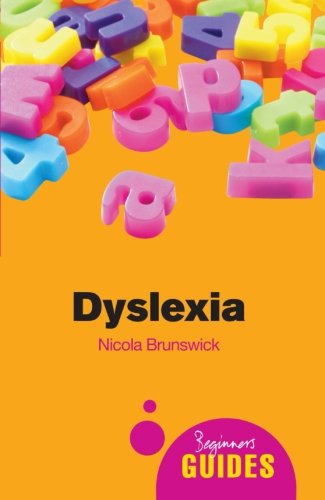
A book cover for Dyslexia: A Beginner's Guide (Beginner's Guides); Nicola Brunswick; Self-Help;